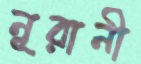
নূরানী